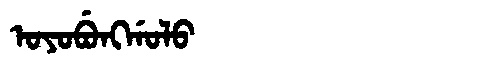
Manchu: ᠣᠶᠣᠪᡠᠩᡤᠣᠯᠣ
Romanization: OYOBUNGGOLO